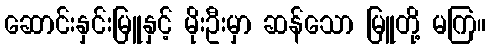
ဆောင်းနှင်းမြူနှင့် မိုးဦးမှာ ဆန်သော မြူတို့ မကြ။